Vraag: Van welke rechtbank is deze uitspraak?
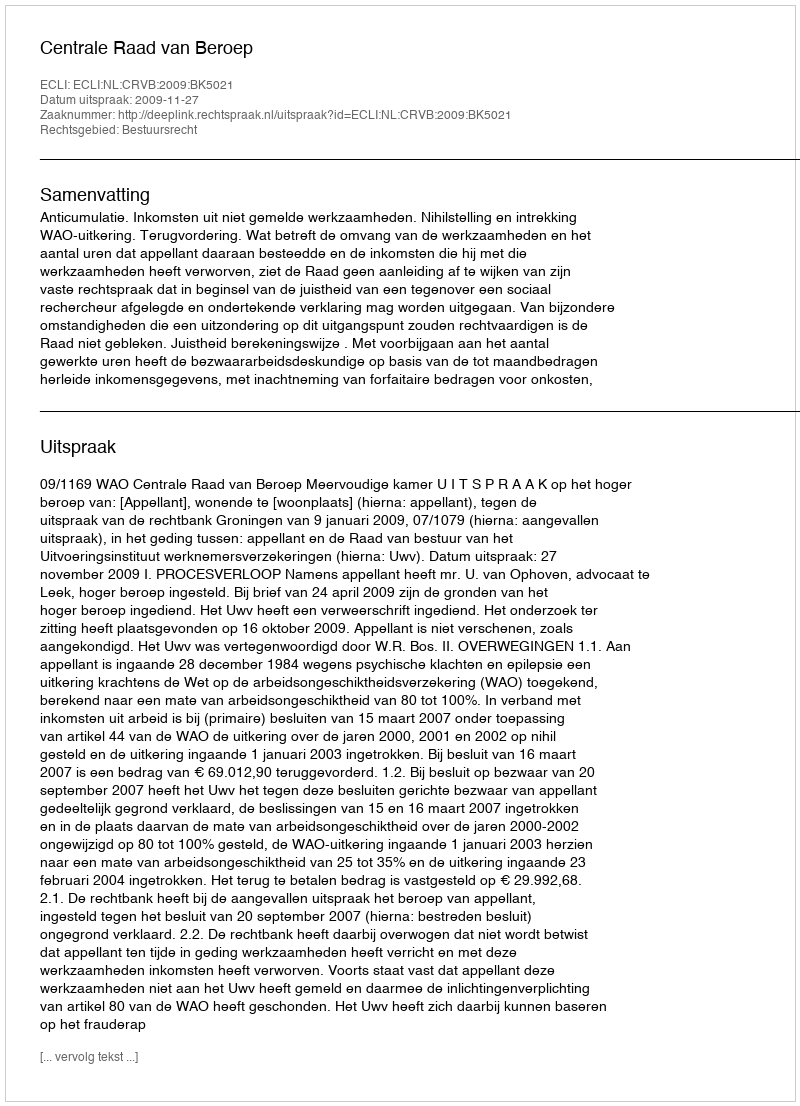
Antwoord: Centrale Raad van Beroep